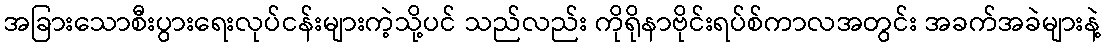
အခြားသောစီးပွားရေးလုပ်ငန်းများကဲ့သို့ပင် သည်လည်း ကိုရိုနာဗိုင်းရပ်စ်ကာလအတွင်း အခက်အခဲများနဲ့